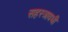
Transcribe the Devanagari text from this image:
सहस्त्रावधी